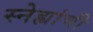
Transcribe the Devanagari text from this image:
स्नेह्यांची